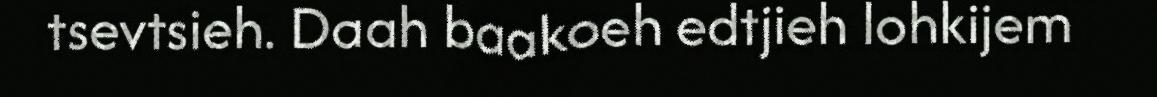
tsevtsieh. Daah baakoeh edtjieh lohkijem